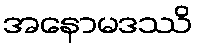
အနောမဒဿိ